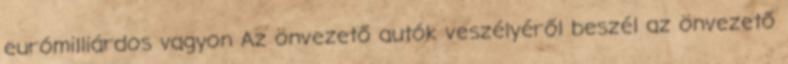
eurómilliárdos vagyon Az önvezető autók veszélyéről beszél az önvezető